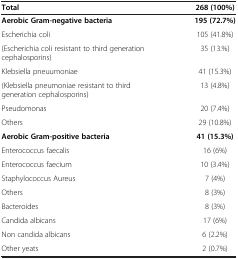
<table><thead><tr><td><b>Total</b></td><td><b>268 (100%)</b></td></tr></thead><tbody><tr><td><b>Aerobic Gram-negative bacteria</b></td><td><b>195 (72.7%)</b></td></tr><tr><td>Escherichia coli</td><td>105 (41.8%)</td></tr><tr><td>(Escherichia coli resistant to third generation cephalosporins)</td><td>35 (13.%)</td></tr><tr><td>Klebsiella pneuumoniae</td><td>41 (15.3%)</td></tr><tr><td>(Klebsiella pneumoniae resistant to third generation cephalosporins)</td><td>13 (4.8%)</td></tr><tr><td>Pseudomonas</td><td>20 (7.4%)</td></tr><tr><td>Others</td><td>29 (10.8%)</td></tr><tr><td><b>Aerobic Gram-positive bacteria</b></td><td><b>41 (15.3%)</b></td></tr><tr><td>Enterococcus faecalis</td><td>16 (6%)</td></tr><tr><td>Enterococcus faecium</td><td>10 (3.4%)</td></tr><tr><td>Staphylococcus Aureus</td><td>7 (4%)</td></tr><tr><td>Others</td><td>8 (3%)</td></tr><tr><td>Bacteroides</td><td>8 (3%)</td></tr><tr><td>Candida albicans</td><td>17 (6%)</td></tr><tr><td>Non candida albicans</td><td>6 (2.2%)</td></tr><tr><td>Other yeats</td><td>2 (0.7%)</td></tr></tbody></table>